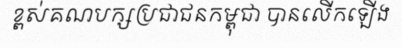
ខ្ពស់គណបក្សប្រជាជនកម្ពុជា បានលើកឡើង